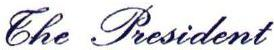
The President